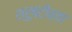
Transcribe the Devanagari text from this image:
श्रुष्टीच्या